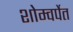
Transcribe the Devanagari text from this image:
शोम्वर्पेत